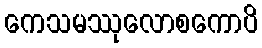
ကေသမဿုလောစကောပိ